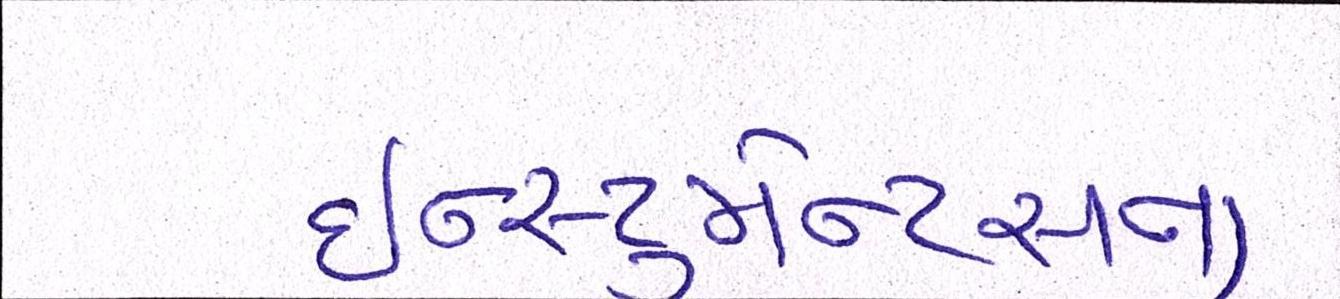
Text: ઇન્સ્ટ્રુમેન્ટસના